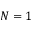
N = 1